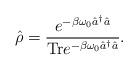
LaTeX: \begin{align*}\hat{\rho} = \frac{e^{- \beta \omega_0 \hat{a}^{\dagger} \hat{a}}}{{\rm Tr} e^{ - \beta \omega_0 \hat{a}^{\dagger} \hat{a}}}.\end{align*}